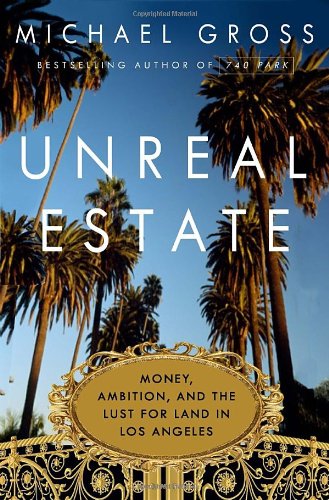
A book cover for Unreal Estate: Money, Ambition, and the Lust for Land in Los Angeles; Michael Gross; Arts & Photography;